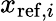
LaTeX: x_{\mathrm{{ref}},i}